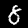
Label: 8